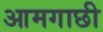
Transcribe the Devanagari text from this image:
आमगाछी